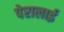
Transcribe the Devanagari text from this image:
पेरालाई